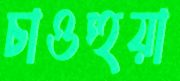
চাওহুয়া